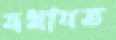
যথাযত